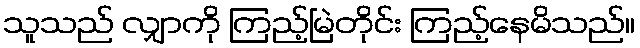
သူသည် လျှာကို ကြည့်မြဲတိုင်း ကြည့်နေမိသည်။